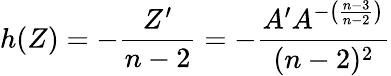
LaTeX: h(Z)=-\frac{Z^{\prime}}{n-2}=-\frac{A^{\prime}A^{-\left(\frac{n-3}{n-2}\right)}}{(n-2)^{2}}